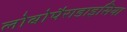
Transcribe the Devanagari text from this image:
लोबोपैराडाइसिया